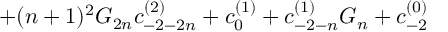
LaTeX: + ( n + 1 ) ^ { 2 } G _ { 2 n } c _ { - 2 - 2 n } ^ { ( 2 ) } + c _ { 0 } ^ { ( 1 ) } + c _ { - 2 - n } ^ { ( 1 ) } G _ { n } + c _ { - 2 } ^ { ( 0 ) }